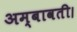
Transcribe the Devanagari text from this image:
अम्बावती।